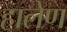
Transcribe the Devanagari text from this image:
हालेण